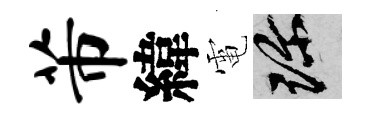
芾緯電珍